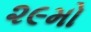
૨૯મો